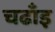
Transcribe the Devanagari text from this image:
चढाँइ